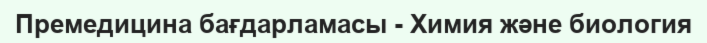
Премедицина бағдарламасы - Химия және биология